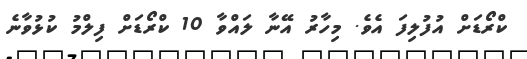
ކްރޯޑަށް އުފުލިފަ އެވެ. މިހާރު އޭނާ ލައްވާ 10 ކްރޯޑަށް ފިލްމު ކުޅުވާނެ